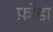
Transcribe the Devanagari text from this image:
फ़ोडा